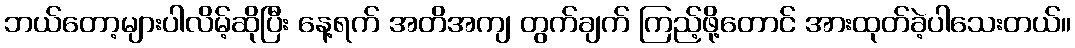
ဘယ်တော့များပါလိမ့်ဆိုပြီး နေ့ရက် အတိအကျ တွက်ချက် ကြည့်ဖို့တောင် အားထုတ်ခဲ့ပါသေးတယ်။